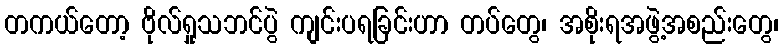
တကယ်တော့ ဗိုလ်ရှုသဘင်ပွဲ ကျင်းပရခြင်းဟာ တပ်တွေ၊ အစိုးရအဖွဲ့အစည်းတွေ၊